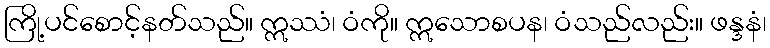
ကြို့ပင်စောင့်နတ်သည်။ ဣဿံ၊ ဝံကို။ ဣသောစပန၊ ဝံသည်လည်း။ ဖန္ဒနံ၊